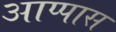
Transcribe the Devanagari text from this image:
आप्पास